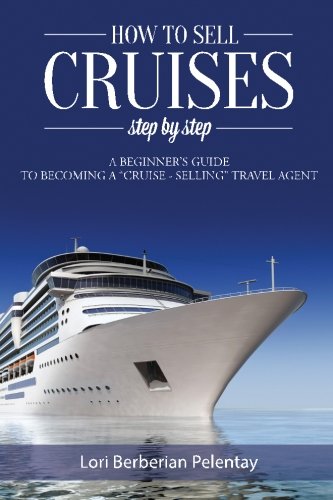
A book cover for How to Sell Cruises Step-by-Step: A Beginner's Guide to Becoming a "Cruise-Selling" Travel Agent; Lori Berberian Pelentay; Travel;